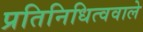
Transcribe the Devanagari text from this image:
प्रतिनिधित्ववाले